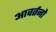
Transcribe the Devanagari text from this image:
आवर्तनो